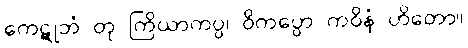
ကေဋုဘံ တု ကြိယာကပ္ပ၊ ဝိကပ္ပော ကဝိနံ ဟိတော။